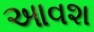
આવશ